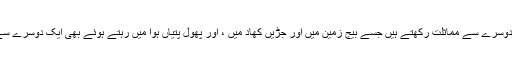
تینوں لمحے جو ایک دوسرے سے مختلف ہیں اور ایک دوسرے سے مماثلت رکھتے ہیں جسے بیج زمین میں اور جڑیں کھاد میں ، اور پھول پتیاں ہوا میں رہتے ہوئے بھی ایک دوسرے سے مختلف ہیں اور ایک دوسرے سے مماثلت رکھتی ہیں۔